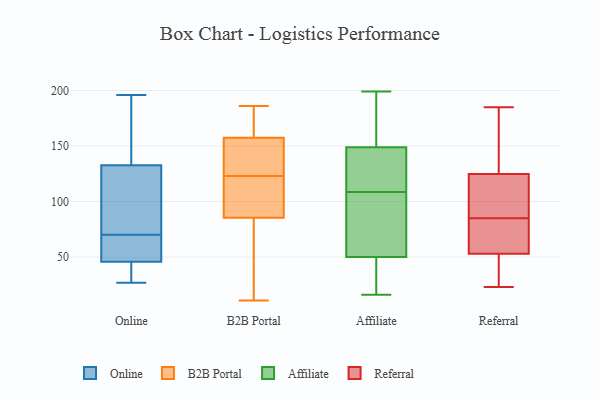
{"axis": {"x": "Tickets Resolved", "y": "Value"}, "legend": ["Affiliate", "B2B Portal", "Online", "Referral"], "data": [{"x": "", "y": 168, "type": "Online"}, {"x": "", "y": 62, "type": "Online"}, {"x": "", "y": 153, "type": "Online"}, {"x": "", "y": 124, "type": "Online"}, {"x": "", "y": 126, "type": "Online"}, {"x": "", "y": 27, "type": "Online"}, {"x": "", "y": 70, "type": "Online"}, {"x": "", "y": 60, "type": "Online"}, {"x": "", "y": 99, "type": "Online"}, {"x": "", "y": 196, "type": "Online"}, {"x": "", "y": 30, "type": "Online"}, {"x": "", "y": 45, "type": "Online"}, {"x": "", "y": 46, "type": "Online"}, {"x": "", "y": 80, "type": "B2B Portal"}, {"x": "", "y": 156, "type": "B2B Portal"}, {"x": "", "y": 162, "type": "B2B Portal"}, {"x": "", "y": 11, "type": "B2B Portal"}, {"x": "", "y": 183, "type": "B2B Portal"}, {"x": "", "y": 92, "type": "B2B Portal"}, {"x": "", "y": 86, "type": "B2B Portal"}, {"x": "", "y": 121, "type": "B2B Portal"}, {"x": "", "y": 123, "type": "B2B Portal"}, {"x": "", "y": 84, "type": "B2B Portal"}, {"x": "", "y": 103, "type": "B2B Portal"}, {"x": "", "y": 186, "type": "B2B Portal"}, {"x": "", "y": 142, "type": "B2B Portal"}, {"x": "", "y": 148, "type": "B2B Portal"}, {"x": "", "y": 12, "type": "B2B Portal"}, {"x": "", "y": 145, "type": "B2B Portal"}, {"x": "", "y": 165, "type": "B2B Portal"}, {"x": "", "y": 116, "type": "Affiliate"}, {"x": "", "y": 199, "type": "Affiliate"}, {"x": "", "y": 49, "type": "Affiliate"}, {"x": "", "y": 16, "type": "Affiliate"}, {"x": "", "y": 104, "type": "Affiliate"}, {"x": "", "y": 166, "type": "Affiliate"}, {"x": "", "y": 77, "type": "Affiliate"}, {"x": "", "y": 118, "type": "Affiliate"}, {"x": "", "y": 43, "type": "Affiliate"}, {"x": "", "y": 149, "type": "Affiliate"}, {"x": "", "y": 187, "type": "Affiliate"}, {"x": "", "y": 113, "type": "Affiliate"}, {"x": "", "y": 191, "type": "Affiliate"}, {"x": "", "y": 61, "type": "Affiliate"}, {"x": "", "y": 64, "type": "Affiliate"}, {"x": "", "y": 116, "type": "Affiliate"}, {"x": "", "y": 47, "type": "Affiliate"}, {"x": "", "y": 50, "type": "Affiliate"}, {"x": "", "y": 85, "type": "Referral"}, {"x": "", "y": 82, "type": "Referral"}, {"x": "", "y": 121, "type": "Referral"}, {"x": "", "y": 23, "type": "Referral"}, {"x": "", "y": 77, "type": "Referral"}, {"x": "", "y": 117, "type": "Referral"}, {"x": "", "y": 126, "type": "Referral"}, {"x": "", "y": 185, "type": "Referral"}, {"x": "", "y": 44, "type": "Referral"}, {"x": "", "y": 146, "type": "Referral"}, {"x": "", "y": 45, "type": "Referral"}]}